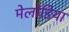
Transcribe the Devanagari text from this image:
मेलोडिया